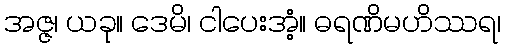
အဇ္ဇ၊ ယခု။ ဒေမိ၊ ငါပေးအံ့။ ဓရဏိမဟိဿရ၊